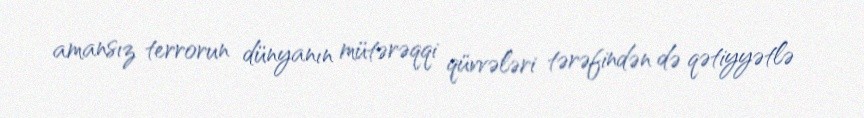
amansız terrorun dünyanın mütərəqqi qüvvələri tərəfindən də qətiyyətlə